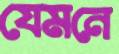
যেমনে